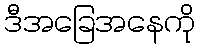
ဒီအခြေအနေကို